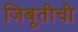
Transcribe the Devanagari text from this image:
जिबूतीची